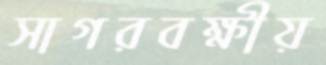
সাগরবক্ষীয়